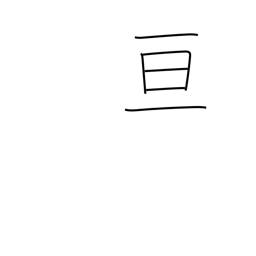
Meaning: extend over